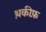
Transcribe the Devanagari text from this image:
थ़कीफ़